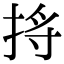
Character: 𪭺